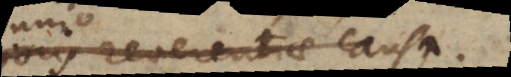
majoris reverentiae causa.